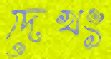
দেখং